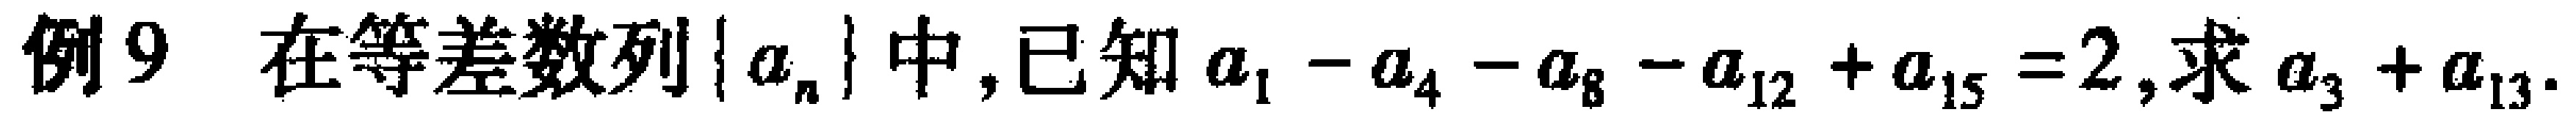
例9 在等差数列\(\{a_{n}\}\)中,已知\(a_{1}-a_{4}-a_{8}-a_{12}+a_{15}=2\),求\(a_{3}+a_{13}\).